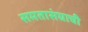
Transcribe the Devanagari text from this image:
समतासंघाची